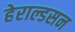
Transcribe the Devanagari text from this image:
हेराल्डसन